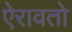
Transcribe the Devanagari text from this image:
ऐरावतो